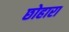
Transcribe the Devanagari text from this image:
छोहारा